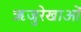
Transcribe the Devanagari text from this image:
ऋजुरेखाओं